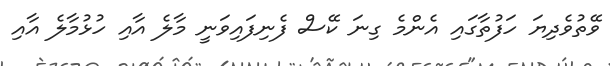
ވޭތުވެދިޔަ ހަފުތާގައި އެންމެ ގިނަ ކޭސް ފެނިފައިވަނީ މާލެ އާއި ހުޅުމާލެ އާއި